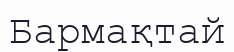
Бармақтай